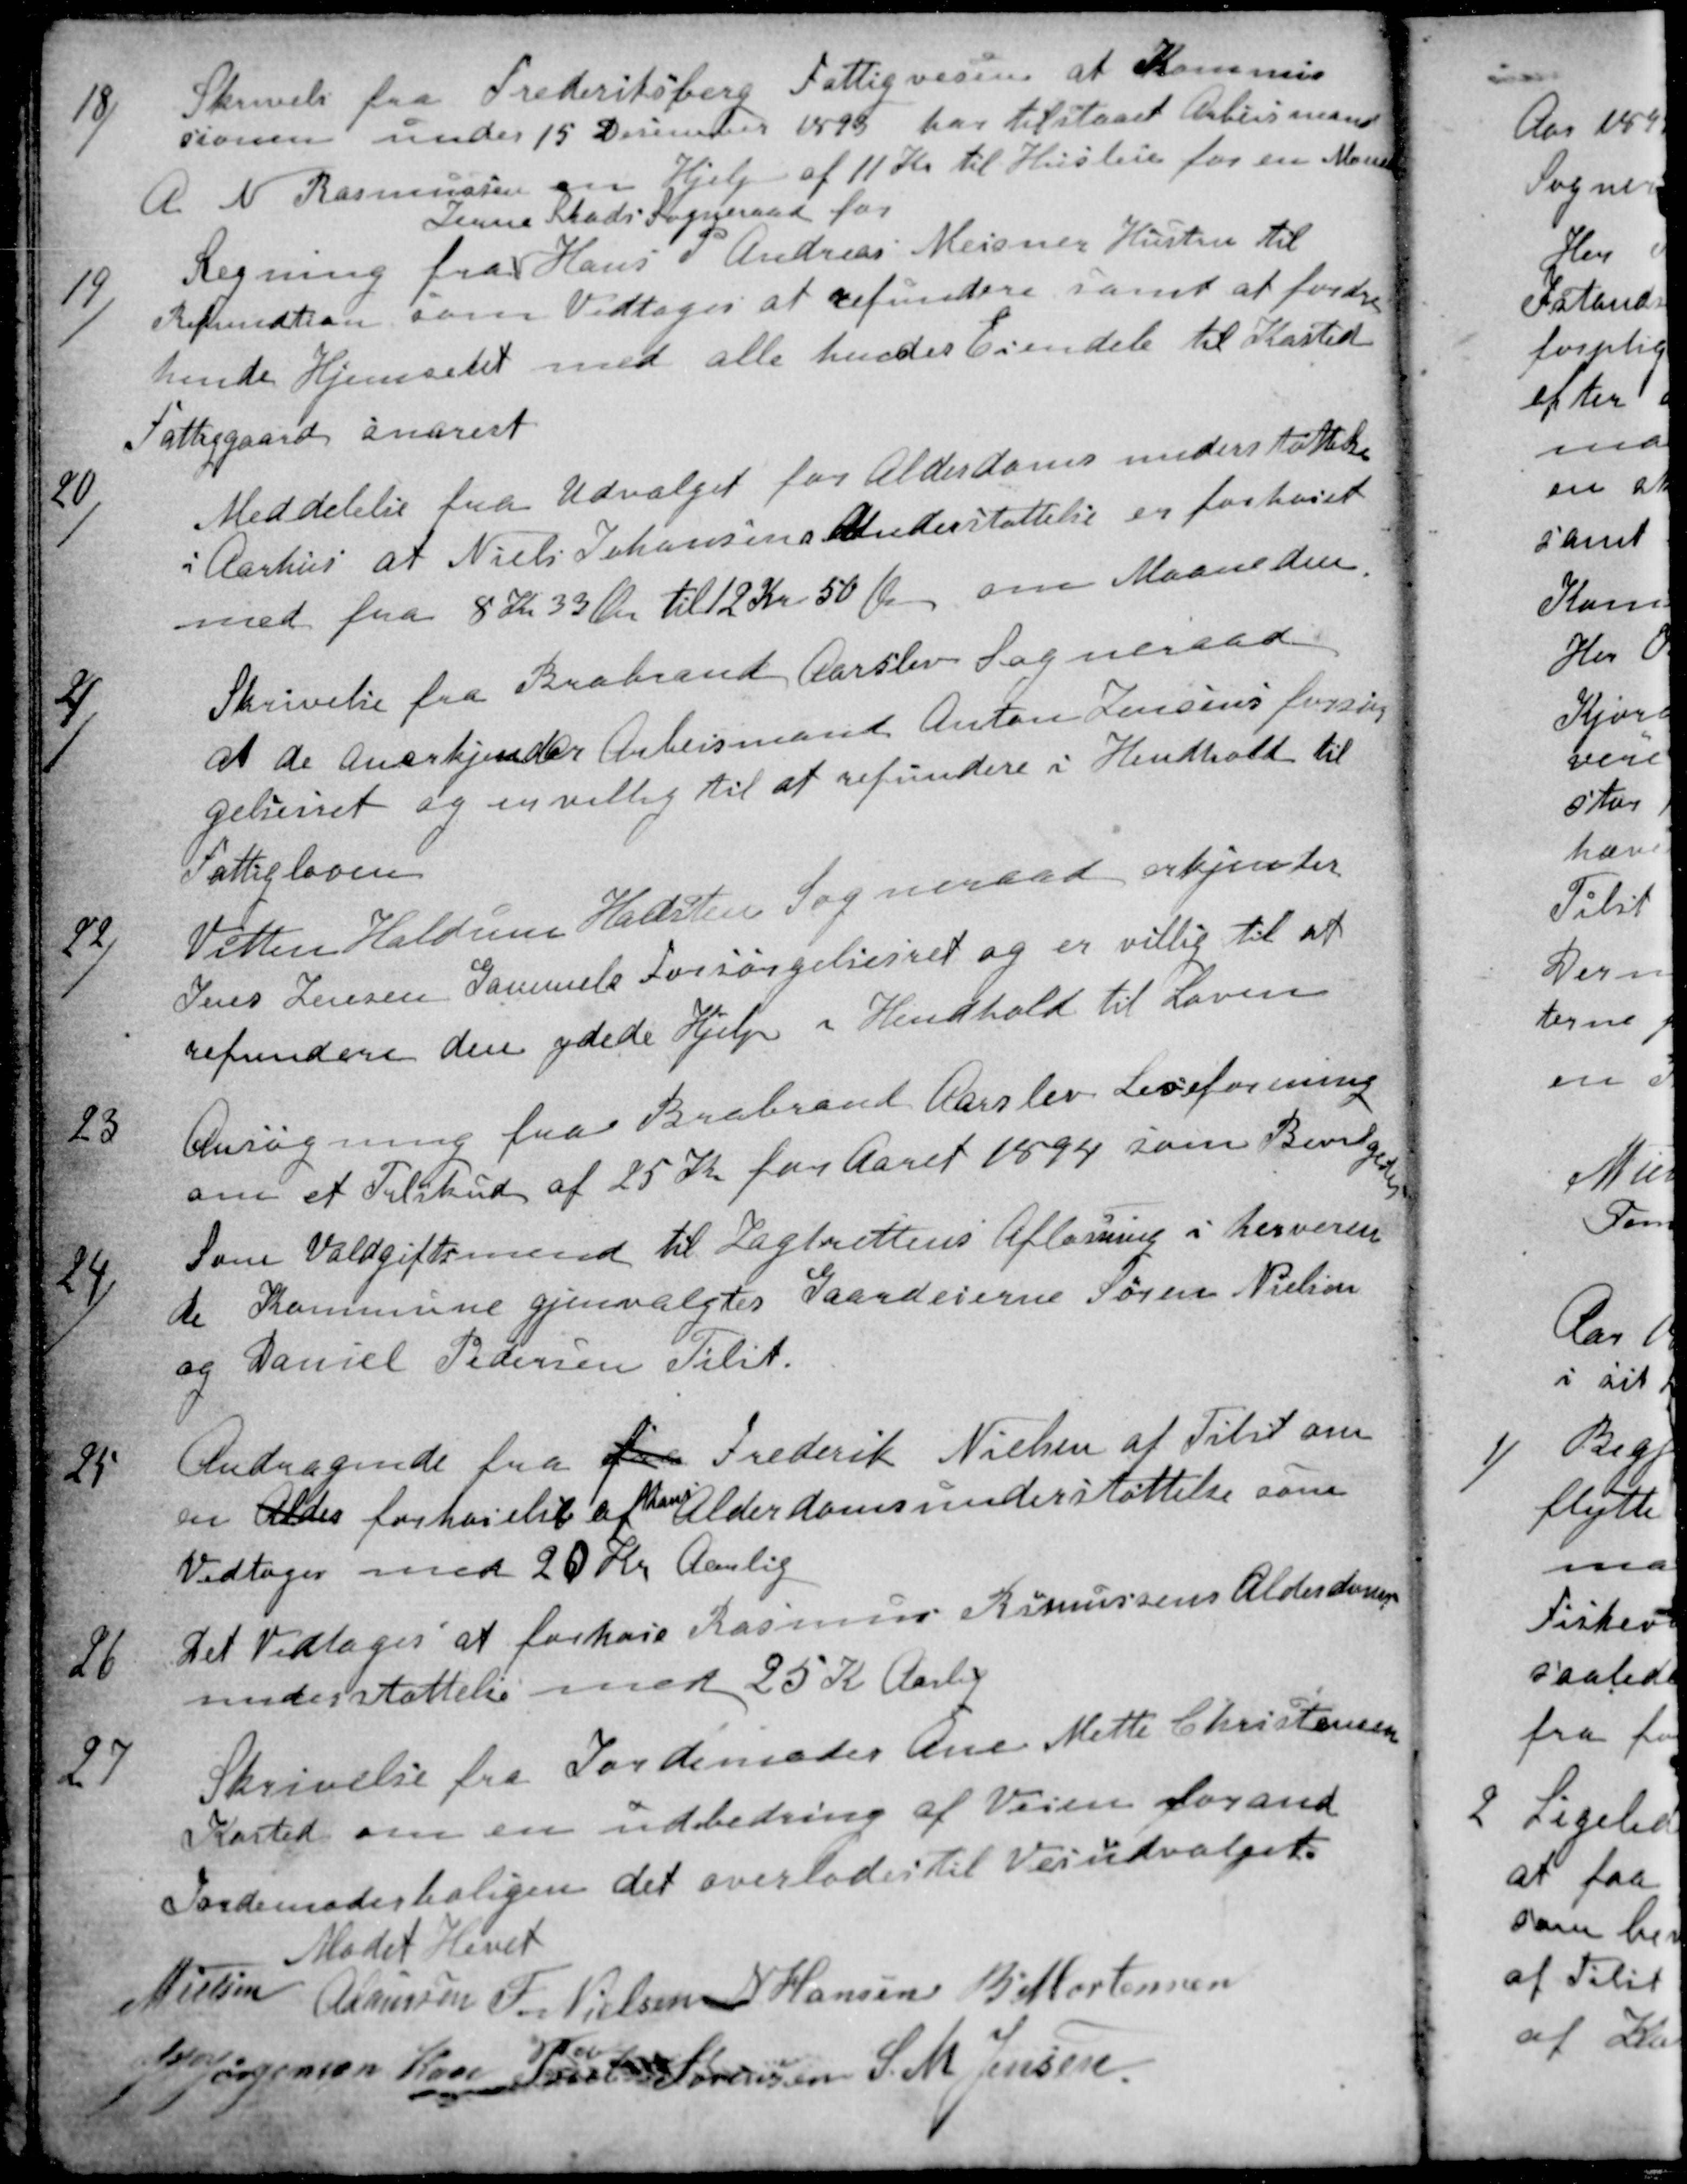
Transskription:
18)
Skrivelse fra Frederiksberg Fattigvæsen at Kommis-
sionen under 15 Desember 1893 har tilstaaet Arbeismand
A. N. Rasmussen om Hjelp af 11 Kr til Husleie for en Maaned
19)
Regning fra
Jerne Skads Sogneraad for
Hans P Andreas Meisner Hustru til
Refundtion som Vedtoges at refundere samt at fordre
hende Hjemsent med alle hendes Eiendele til Kasted
Fattiggaard snarest
20)
Meddelelse fra Udvalget for Alderdomsunderstøttelse
i Aarhus at Niels Johansens Understøttelse er forhoiet
med fra 8 Kr 33 Øre til 12 Kr 50 Øre om Maaneden.
2)
Skrivelse fra Brabrand Aarslev Sogneraad
at de anerkjender Arbeismand Anton Jensens forsørg
gelsesret og er villig til at refundere i Hendhold til
Fattigloven
22)
Vitten Haldum Hadsten Sogneraad erkjender
Jens Jensen Gammels Forsørgelsesret og er villig til at
refundere den ydede Hjelp i Hendhold til Loven
23
Ansøgning fra Brabrand Aarslev Leseforening
om et Tilskud af 25 Kr for Aaret 1894 som Bevilg
edes
24)
Som Voldgiftsmend til Jagtrettens Afløsning i herveren
de Kommune gjenvalgtes Gaardeierne Søren Nielsen
og Daniel Pedersen Tilst.
25
Andragende fra fra Frederik Nielsen af Tilst om
en Alder forhoielse af
hans
Alderdomsunderstøttelse som
Vedtoges med 20 Kr Aarlig
26
Det vedtoges at forhoie Rasmus Rasmussens Alderdoms
understøttelse med 25 Kr Aarlig
27
Skrivelse fra Jordemoder Ane Mette Christensen
Kasted om en udbedring af Veien forand
Jordemoderboligen det overlodes til Veiudvalget.
Mødet Hevet
N Nielsen
A Laursen
F. Nielsen
N Hansen
B Mortensen
J P Jørgensen Kaae
Poul Sørensen
S. M. Jensen